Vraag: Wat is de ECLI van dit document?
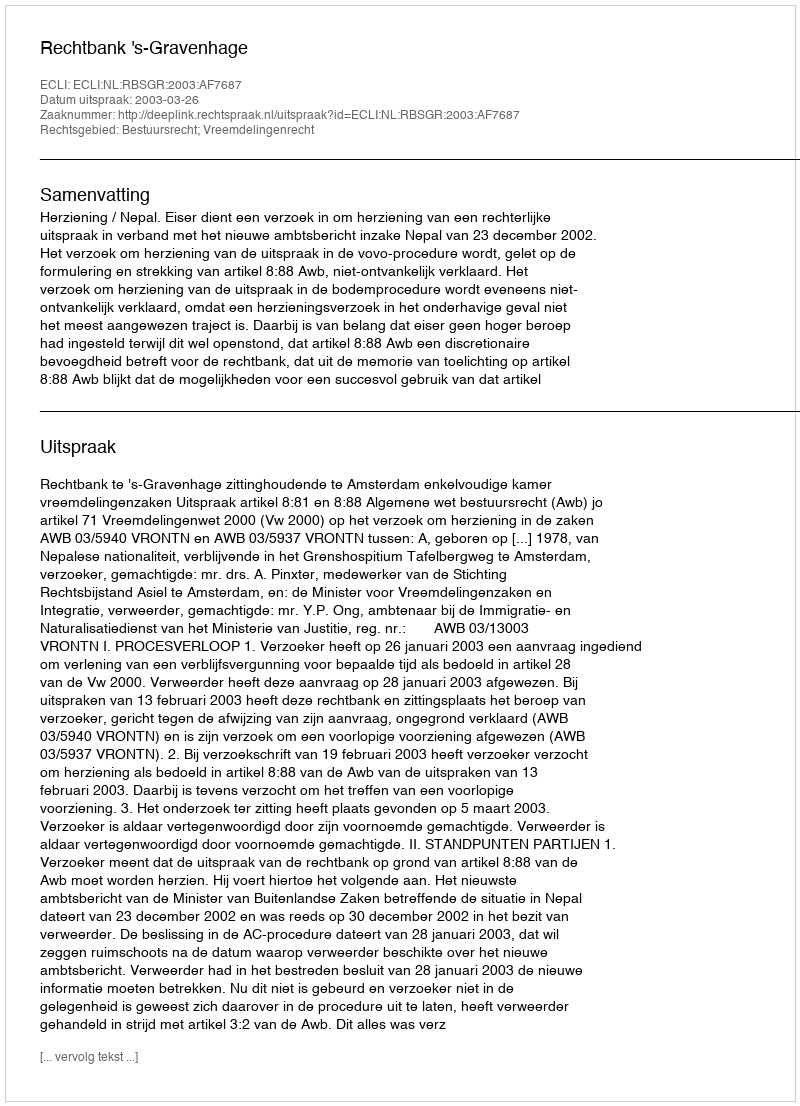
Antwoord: ECLI:NL:RBSGR:2003:AF7687